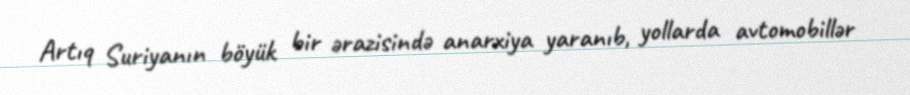
Artıq Suriyanın böyük bir ərazisində anarxiya yaranıb, yollarda avtomobillər